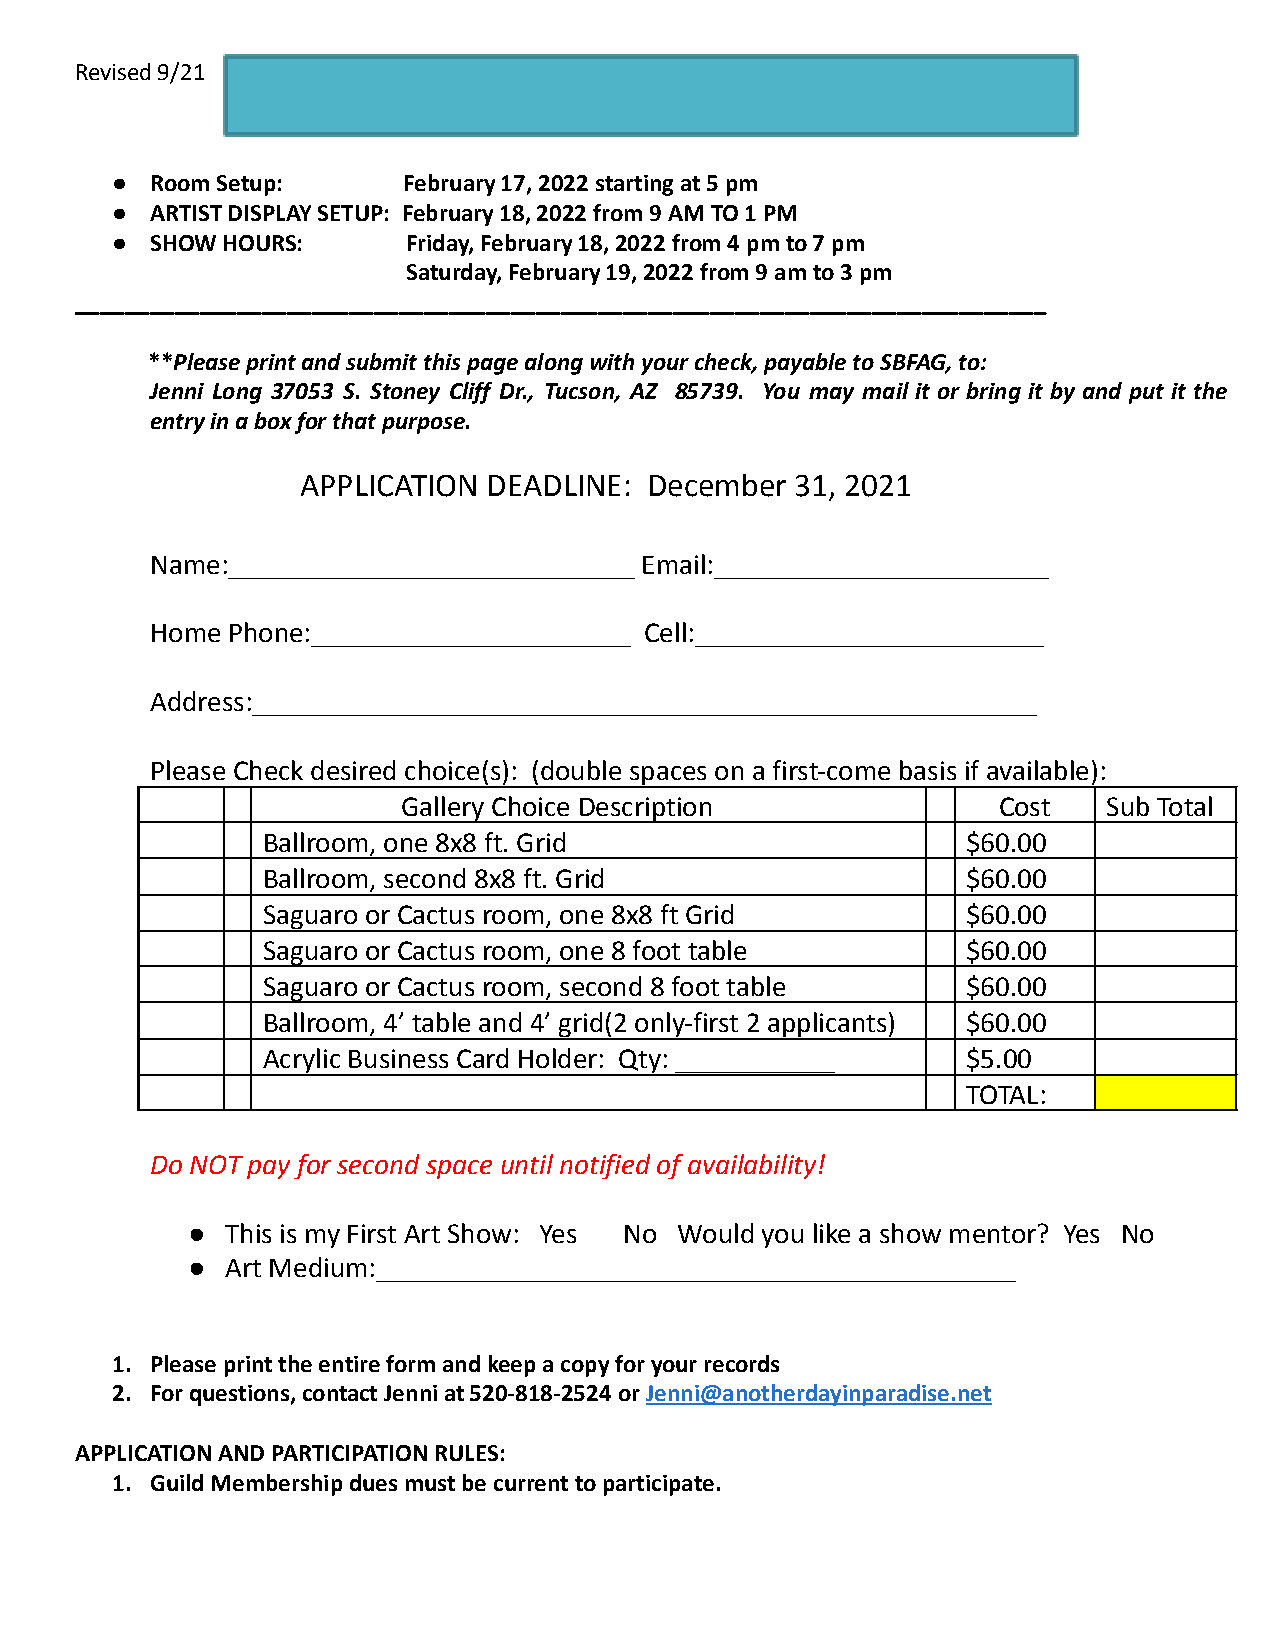
Revised 9/21
 ●  Room Setup:      February 17, 2022 starting at 5 pm
 ●  ARTIST DISPLAY SETUP: February 18, 2022 from 9 AM TO 1 PM
 ●  SHOW HOURS:      Friday, February 18, 2022 from 4 pm to 7 pm
 Saturday, February 19, 2022 from 9 am to 3 pm
 ______________________________________________________________________________
 **Please print and submit this page alongwith your check, payable to SBFAG, to:
 Jenni Long 37053 S. Stoney Cliff Dr., Tucson, AZ 85739. You may mail it or bring it by and put it the
 entry in a box for that purpose.
 APPLICATION DEADLINE:  December  31, 2021
 Name:____________________________ Email:_______________________
 Home Phone:______________________ Cell:________________________
 Address:______________________________________________________
 Please Check desired choice(s): (double spaces on a first-come basis if available):
 Gallery Choice Description             Cost   Sub Total
 Ballroom, one 8x8 ft. Grid                     $60.00
 Ballroom, second 8x8 ft. Grid                  $60.00
 Saguaro or Cactus room, one 8x8 ft Grid        $60.00
 Saguaro or Cactus room, one 8 foot table       $60.00
 Saguaro or Cactus room, second 8 foot table    $60.00
 Ballroom, 4’ table and 4’ grid(2 only-first 2 applicants) $60.00
 Acrylic Business Card Holder: Qty: ___________ $5.00
 TOTAL:
 Do NOT pay for second space until notified of availability!
 ●  This is my First Art Show: Yes No Would you like a show mentor? Yes No
 ●  Art Medium:____________________________________________
 1. Please print the entire form and keep a copy for your records
 2. For questions, contact Jenni at 520-818-2524 orJenni@anotherdayinparadise.net
 APPLICATION AND PARTICIPATION RULES:
 1. Guild Membership dues must be current to participate.